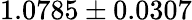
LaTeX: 1.0785\pm 0.0307